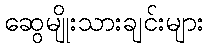
ဆွေမျိုးသားချင်းများ